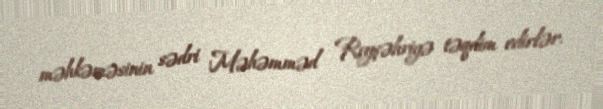
məhkəməsinin sədri Məhəmməd Reyşəhriyə təqdim edirlər.